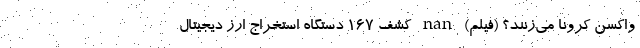
واکسن کرونا می‌زنند؟ (فیلم) nan کشف ۱۶۷ دستگاه استخراج ارز دیجیتال